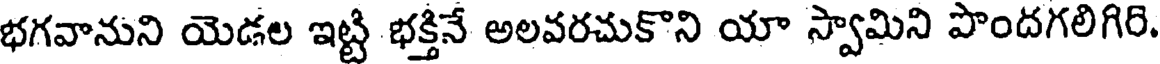
భగవానుని యెడల ఇట్టి భక్తినే అలవరచుకొని యా స్వామిని పొందగలిగిరి